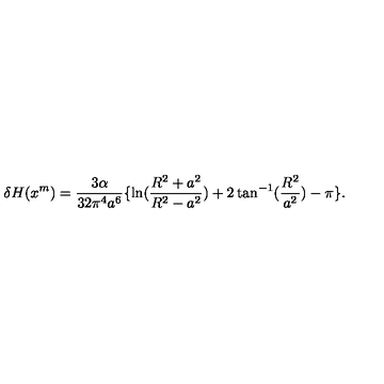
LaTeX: \delta H ( x ^ { m } ) = \frac { 3 \alpha } { 3 2 \pi ^ { 4 } a ^ { 6 } } \lbrace \ln ( \frac { R ^ { 2 } + a ^ { 2 } } { R ^ { 2 } - a ^ { 2 } } ) + 2 \tan ^ { - 1 } ( \frac { R ^ { 2 } } { a ^ { 2 } } ) - \pi \rbrace .